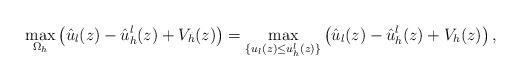
LaTeX: \begin{align*}\max_{\Omega_h}\left(\hat{u}_l(z)-\hat{u}_h^l(z)+V_h(z)\right)=\max_{\{{u}_l(z)\leq u_h^l(z)\}}\left(\hat{u}_l(z)-\hat{u}_h^l(z)+V_h(z)\right),\end{align*}